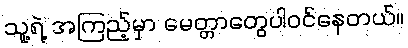
သူ့ရဲ့ အကြည့်မှာ မေတ္တာတွေပါဝင်နေတယ်။